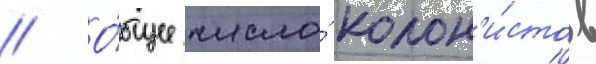
// О́бщее число́ колон'и́стов